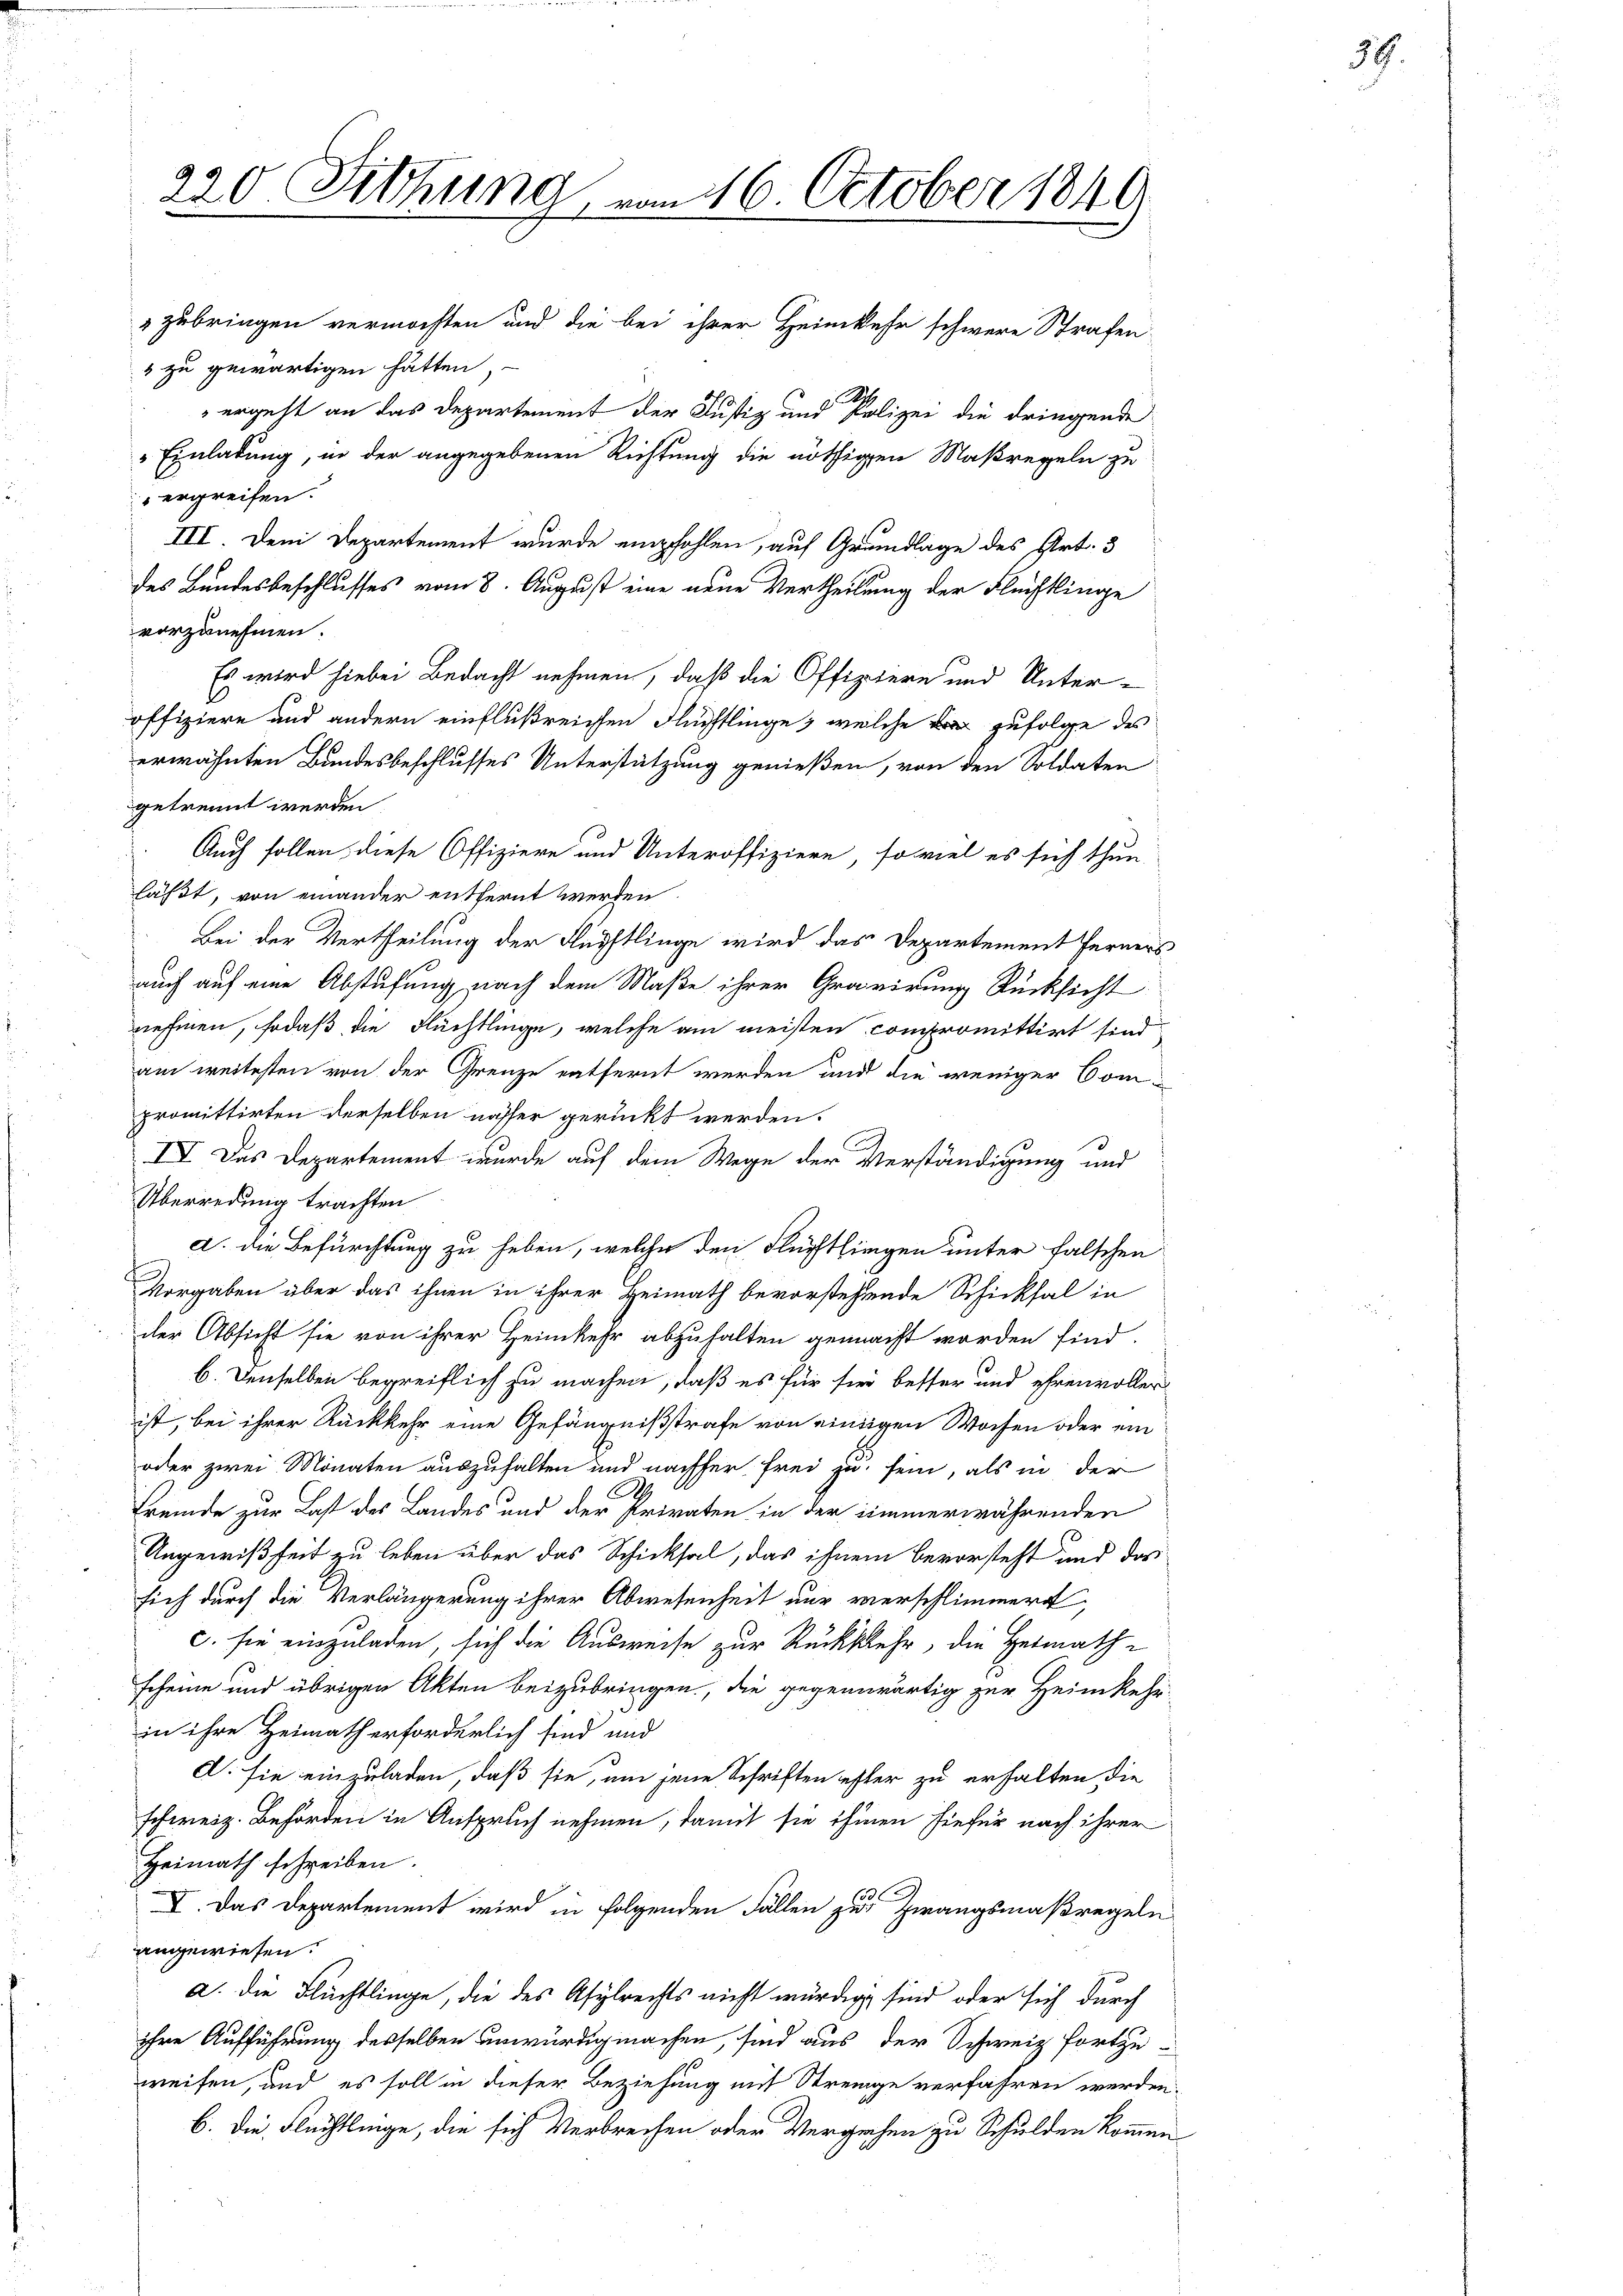
220 Sitzung, vom 16. October 1840
 zubringen vermöchten und die bei ihrer Heimkehr schwere Strafen
4 zu gewärtigen hätten,
ergeht an das Departement der Justiz und Polizei die dringende
" Einladung, in der angegebenen Richtung die nöthigen Maßregeln zu
ergreifen.

III. Dem Departement wurde empfohlen, auf Grundlage des Art. 3
des Bundesbeschlusses vom 8. August eine neue Vertheilung der Flüchtlinge
vorzunehmen.
Es wird hiebei Bedacht nehmen, daß die Offiziere und Unter-
offiziere und andern einflußreichen Flüchtlinge, welche der zufolge des
erwähnten Bundesbeschlusses Unterstützung genießen, von den Soldaten
getrennt werden.
 Auch sollen diese Offiziere und Unteroffiziere, so viel es sich thun
läßt, von einander entfernt werden.
Bei der Vertheilung der Flüchtlinge wird das Departement ferners
auch auf eine Abstufung nach dem Maße ihrer Gravirung Rücksicht
nehmen, sodaß die Flüchtlinge, welche am meisten compromittirt sind
am weitesten von der Grenze entfernt werden und die weniger Compromittirten derselben nasser gerückt werden.
IV Das Departement wurde auf dem Wege der Verständigung und
Überredung trachten
d. die Befürchtung zu heben, welche den Flüchtlingen unter falschen
Vorgaben über das ihnen in ihrer Heimath bevorstehende Schicksal in
der Absicht sie von ihrer Heimkehr abzuhalten gemacht worden sind.
b. Denselben begreiflich zu machen, daß es für sie besser und ehrenvoller
ist, bei ihrer Rückkehr eine Gefängnißstrafe von einigen Wochen oder ein
oder zwei Monaten auszuhalten und nachher frei zu sein, als in der
C
Fremde zur Last des Landes und der Privaten in der immerwährenden
Ungewißheit zu leben über das Schicksal, das ihnen bevorsteht und das
sich durch die Verlängerung ihrer Abwesenheit nur verschlimmern,
c. sie einzuladen, sich die Ausweise zur Rückkehr, die Heimathscheine und übrigen Akten beizubringen, die gegenwärtig zur Heimkehr-
in ihre Heimath erforderlich sind und
D. sie einzuladen, daß sie, um jene Schriften ester zu erhalten, die
schweiz. Behörden in Anspruch nehmen; damit sie ihmen hiefür nach ihrer
Heimath schreiben.
13.
I. Das Departement wird in folgenden Fällen zur Zwangsmaßregeln
angewiesen.
a. Die Flüchtlinge, die des Asylrechts nicht würdig sind oder sich durch
ihre Aufführung desselben unwürdigmachen, sind aus der Schweiz fortzuweisen, und es soll in dieser Beziehung mit Strenge verfahren werden.
b. Die Flüchtlinge, die sich Verbrechen oder Vergehen zu Schulden kommen

39